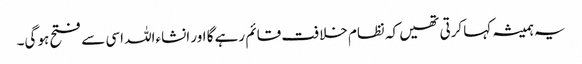
یہ ہمیشہ کہا کرتی تھیں کہ نظام خلافت قائم رہے گا اور انشاءاللہ اسی سے فتح ہو گی۔